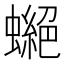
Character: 𧑾